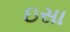
ઇસા